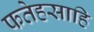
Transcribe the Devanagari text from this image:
फतेहसाहि